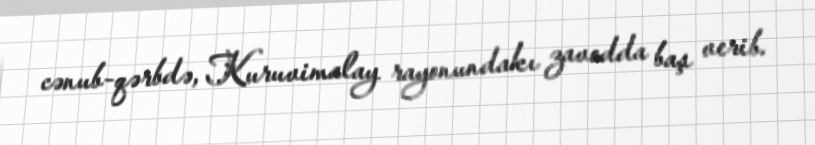
cənub-qərbdə, Kuruvimalay rayonundakı zavodda baş verib.